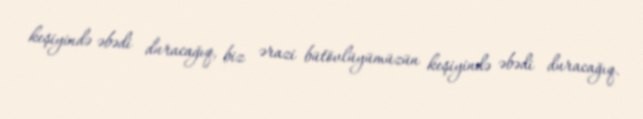
keşiyində əbədi duracağıq, biz ərazi bütövlüyümüzün keşiyində əbədi duracağıq.